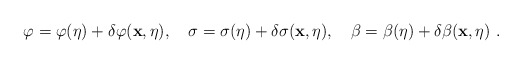
\begin{align*}\varphi = \varphi(\eta) + \delta \varphi ({\bf x},\eta), ~~~\sigma = \sigma(\eta)+ \delta \sigma ({\bf x},\eta), ~~~\beta = \beta (\eta) + \delta \beta({\bf x},\eta) \ .\end{align*}